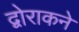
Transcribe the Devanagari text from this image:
द्वोराकने